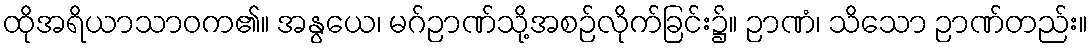
ထိုအရိယာသာဝက၏။ အနွယေ၊ မဂ်ဉာဏ်သို့အစဉ်လိုက်ခြင်း၌။ ဉာဏံ၊ သိသော ဉာဏ်တည်း။